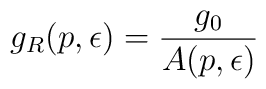
g_R(p, \epsilon ) = \frac{g_0}{A(p, \epsilon )}